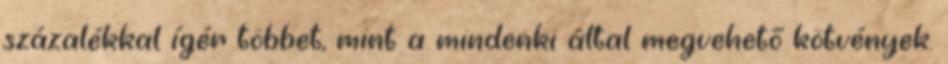
százalékkal ígér többet, mint a mindenki által megvehető kötvények.